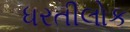
ધરતીલોક